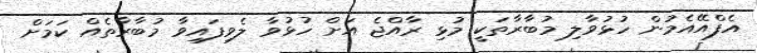
އެފްއޭއެމުން ހުޅުވާލި މުބާރާތަކީ މުޅި ރާއްޖެ އަށް ހުޅުވާ ލެވިފައިވާ މުބާރާތެއް ކަމަށް